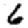
Digit: 6